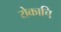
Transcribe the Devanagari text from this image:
येकाचि